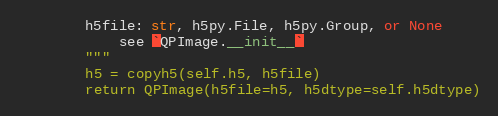
Language: Python
        h5file: str, h5py.File, h5py.Group, or None
            see `QPImage.__init__`
        """
        h5 = copyh5(self.h5, h5file)
        return QPImage(h5file=h5, h5dtype=self.h5dtype)